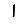
Digit: 1